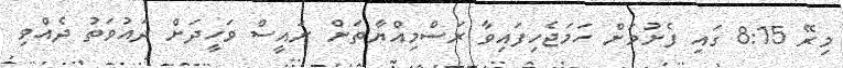
މިރޭ 8:15 ގައި ފެށުމަށް ހަމަޖެހިފައިވާ ރަސްމިއްޔާތަށް ރައީސް ވަހީދަށް ދައުވަތު ދެއްވި